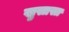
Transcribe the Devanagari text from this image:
खुसासा